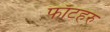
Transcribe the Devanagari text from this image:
फाँटहरु